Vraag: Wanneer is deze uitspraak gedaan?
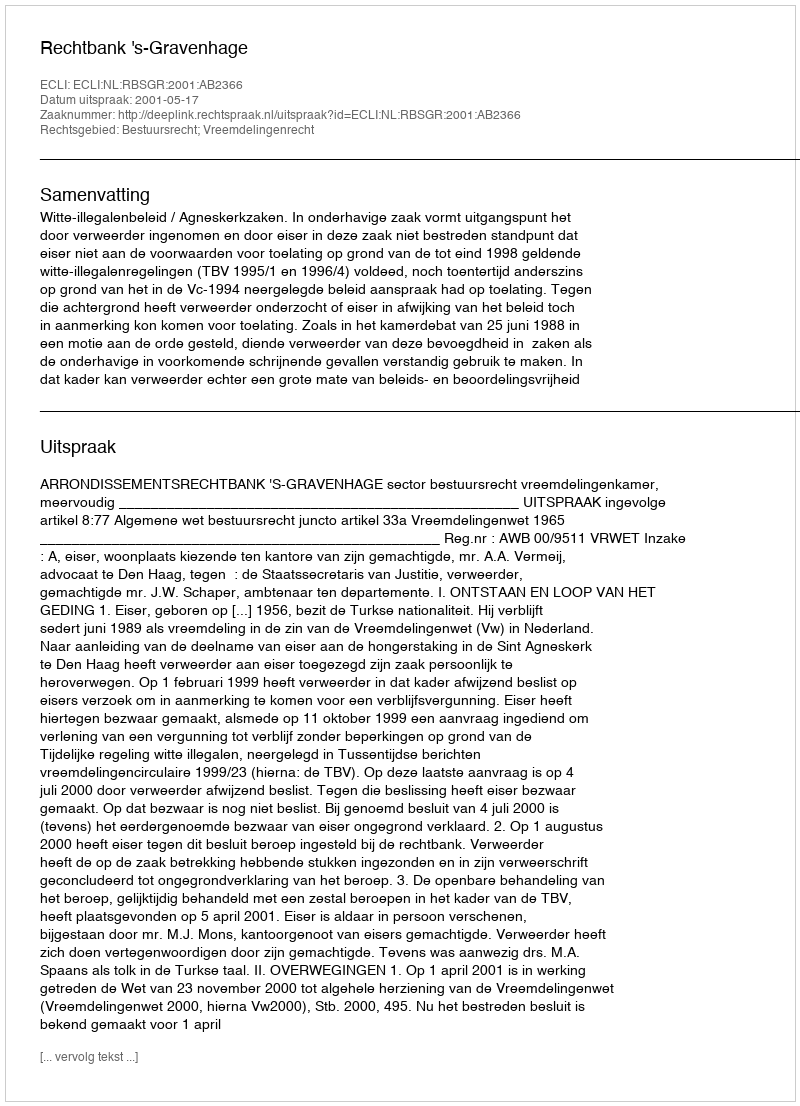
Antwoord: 2001-05-17